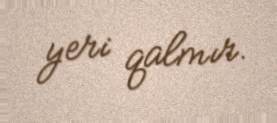
yeri qalmır.